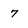
Character: 7